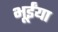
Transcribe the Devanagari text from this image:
भूईंया